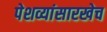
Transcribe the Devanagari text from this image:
पेशव्यांसारखेच